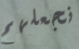
نجعلهم